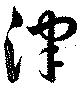
津